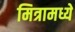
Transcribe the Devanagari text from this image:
मित्रामध्ये